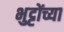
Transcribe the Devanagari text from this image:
भुट्टोंच्या